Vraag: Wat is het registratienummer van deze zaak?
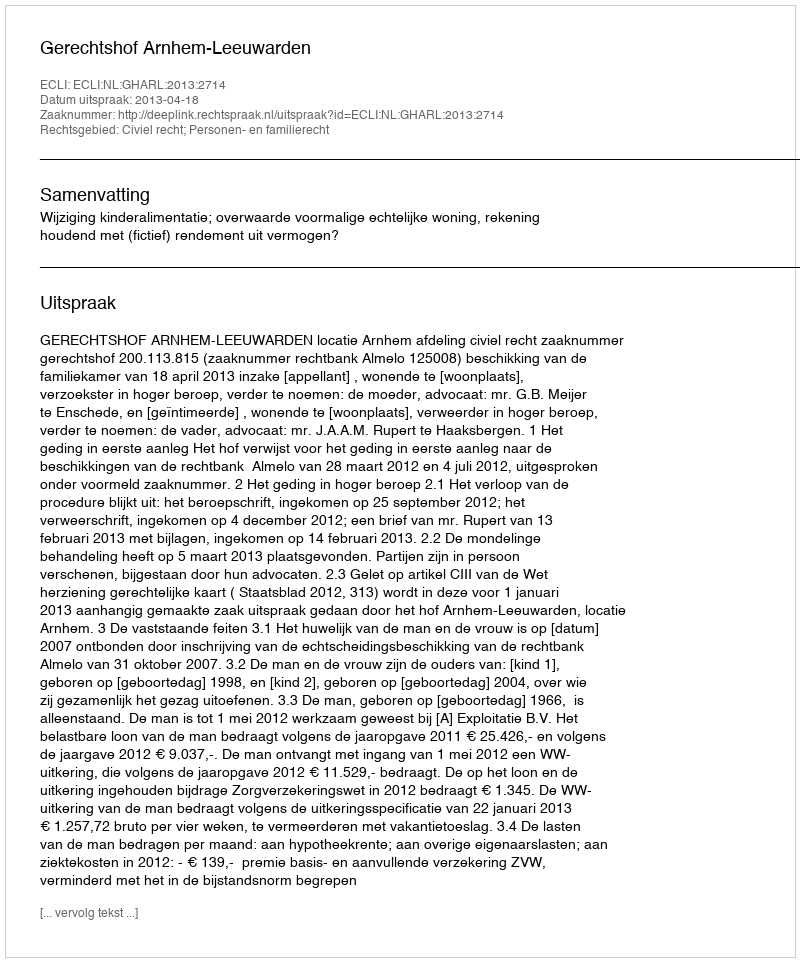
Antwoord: http://deeplink.rechtspraak.nl/uitspraak?id=ECLI:NL:GHARL:2013:2714